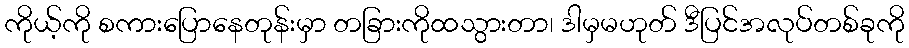
ကိုယ့်ကို စကားပြောနေတုန်းမှာ တခြားကိုထသွားတာ၊ ဒါမှမဟုတ် ဒီပြင်အလုပ်တစ်ခုကို